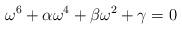
LaTeX: \begin{align*}\omega^6+\alpha\omega^4+\beta\omega^2+\gamma=0\end{align*}